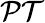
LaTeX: {\cal PT}